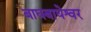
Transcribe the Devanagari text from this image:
बाघबाघेश्वर